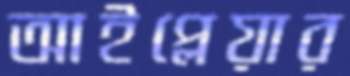
আইপ্লেয়ার